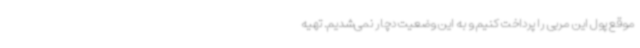
موقع پول این مربی را پرداخت کنیم و به این وضعیت دچار نمی‌شدیم. تهیه